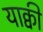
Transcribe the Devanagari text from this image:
याक्वी